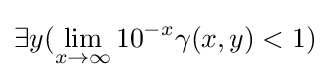
\exists y(\lim _{x\to \infty }10^{-x}\gamma (x,y)<1)